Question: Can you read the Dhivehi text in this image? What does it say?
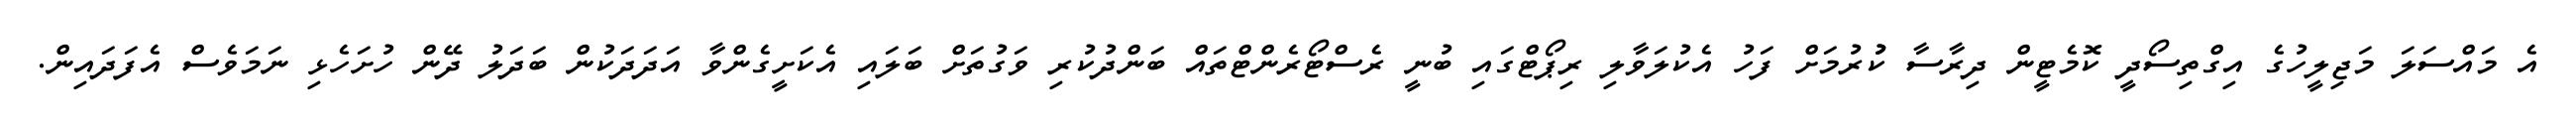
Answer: އެ މައްސަލަ މަޖިލީހުގެ އިގްތިސޯދީ ކޮމެޓީން ދިރާސާ ކުުރުމަށް ފަހު އެކުލަވާލި ރިޕޯޓްގައި ބުނީ ރެސްޓޯރެންޓްތައް ބަންދުކުރި ވަގުތަށް ބަލައި އެކަށީގެންވާ އަދަދަކުން ބަދަލު ދޭން ހުށަހެޅި ނަމަވެސް އެފަދައިން.